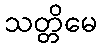
သတ္တိမေ